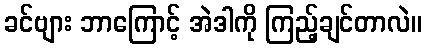
ခင်ဗျား ဘာကြောင့် အဲဒါကို ကြည့်ချင်တာလဲ။